Indian journal of veterinary science and animal husbandry - Volume 4,
Year: 1934
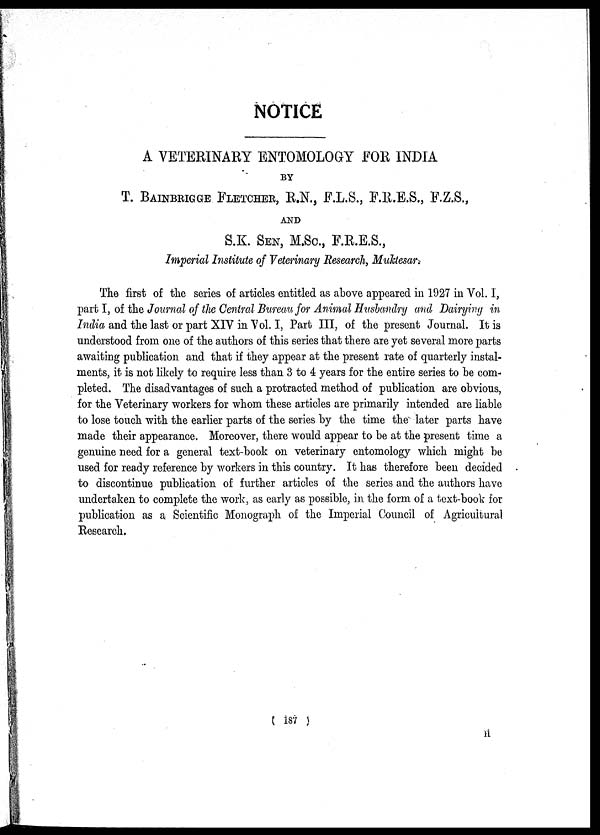
NOTICE
A VETERINARY ENTOMOLOGY FOR INDIA
BY
T. BAINBRIGGE FLETCHER, R.N., F.L.S., F.R.E.S., F.Z.S.,
AND
S.K. SEN, M.Sc., F.R.E.S.,
Imperial Institute of Veterinary Research, Muktesar.
The first of the series of articles entitled as above appeared in 1927 in Vol. I,
part I, of the Journal of the Central Bureau for Animal Husbandry and Dairying in
India and the last or part XIV in Vol. I, Part III, of the present Journal. It is
understood from one of the authors of this series that there are yet several more parts
awaiting publication and that if they appear at the present rate of quarterly instal-
ments, it is not likely to require less than 3 to 4 years for the entire series to be com-
pleted. The disadvantages of such a protracted method of publication are obvious,
for the Veterinary workers for whom these articles are primarily intended are liable
to lose touch with the earlier parts of the series by the time the later parts have
made their appearance. Moreover, there would appear to be at the present time a
genuine need for a general text-book on veterinary entomology which might be
used for ready reference by workers in this country. It has therefore been decided
to discontinue publication of further articles of the series and the authors have
undertaken to complete the work, as early as possible, in the form of a text-book for
publication as a Scientific Monograph of the Imperial Council of Agricultural
Research.
( 187 )